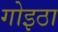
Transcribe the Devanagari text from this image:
गोइठा